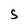
Character: S